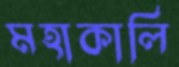
মহাকালি